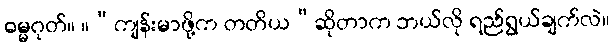
ဓမ္မဂုတ်။ ။“ကျန်းမာဖို့က တတိယ”ဆိုတာက ဘယ်လို ရည်ရွယ်ချက်လဲ။